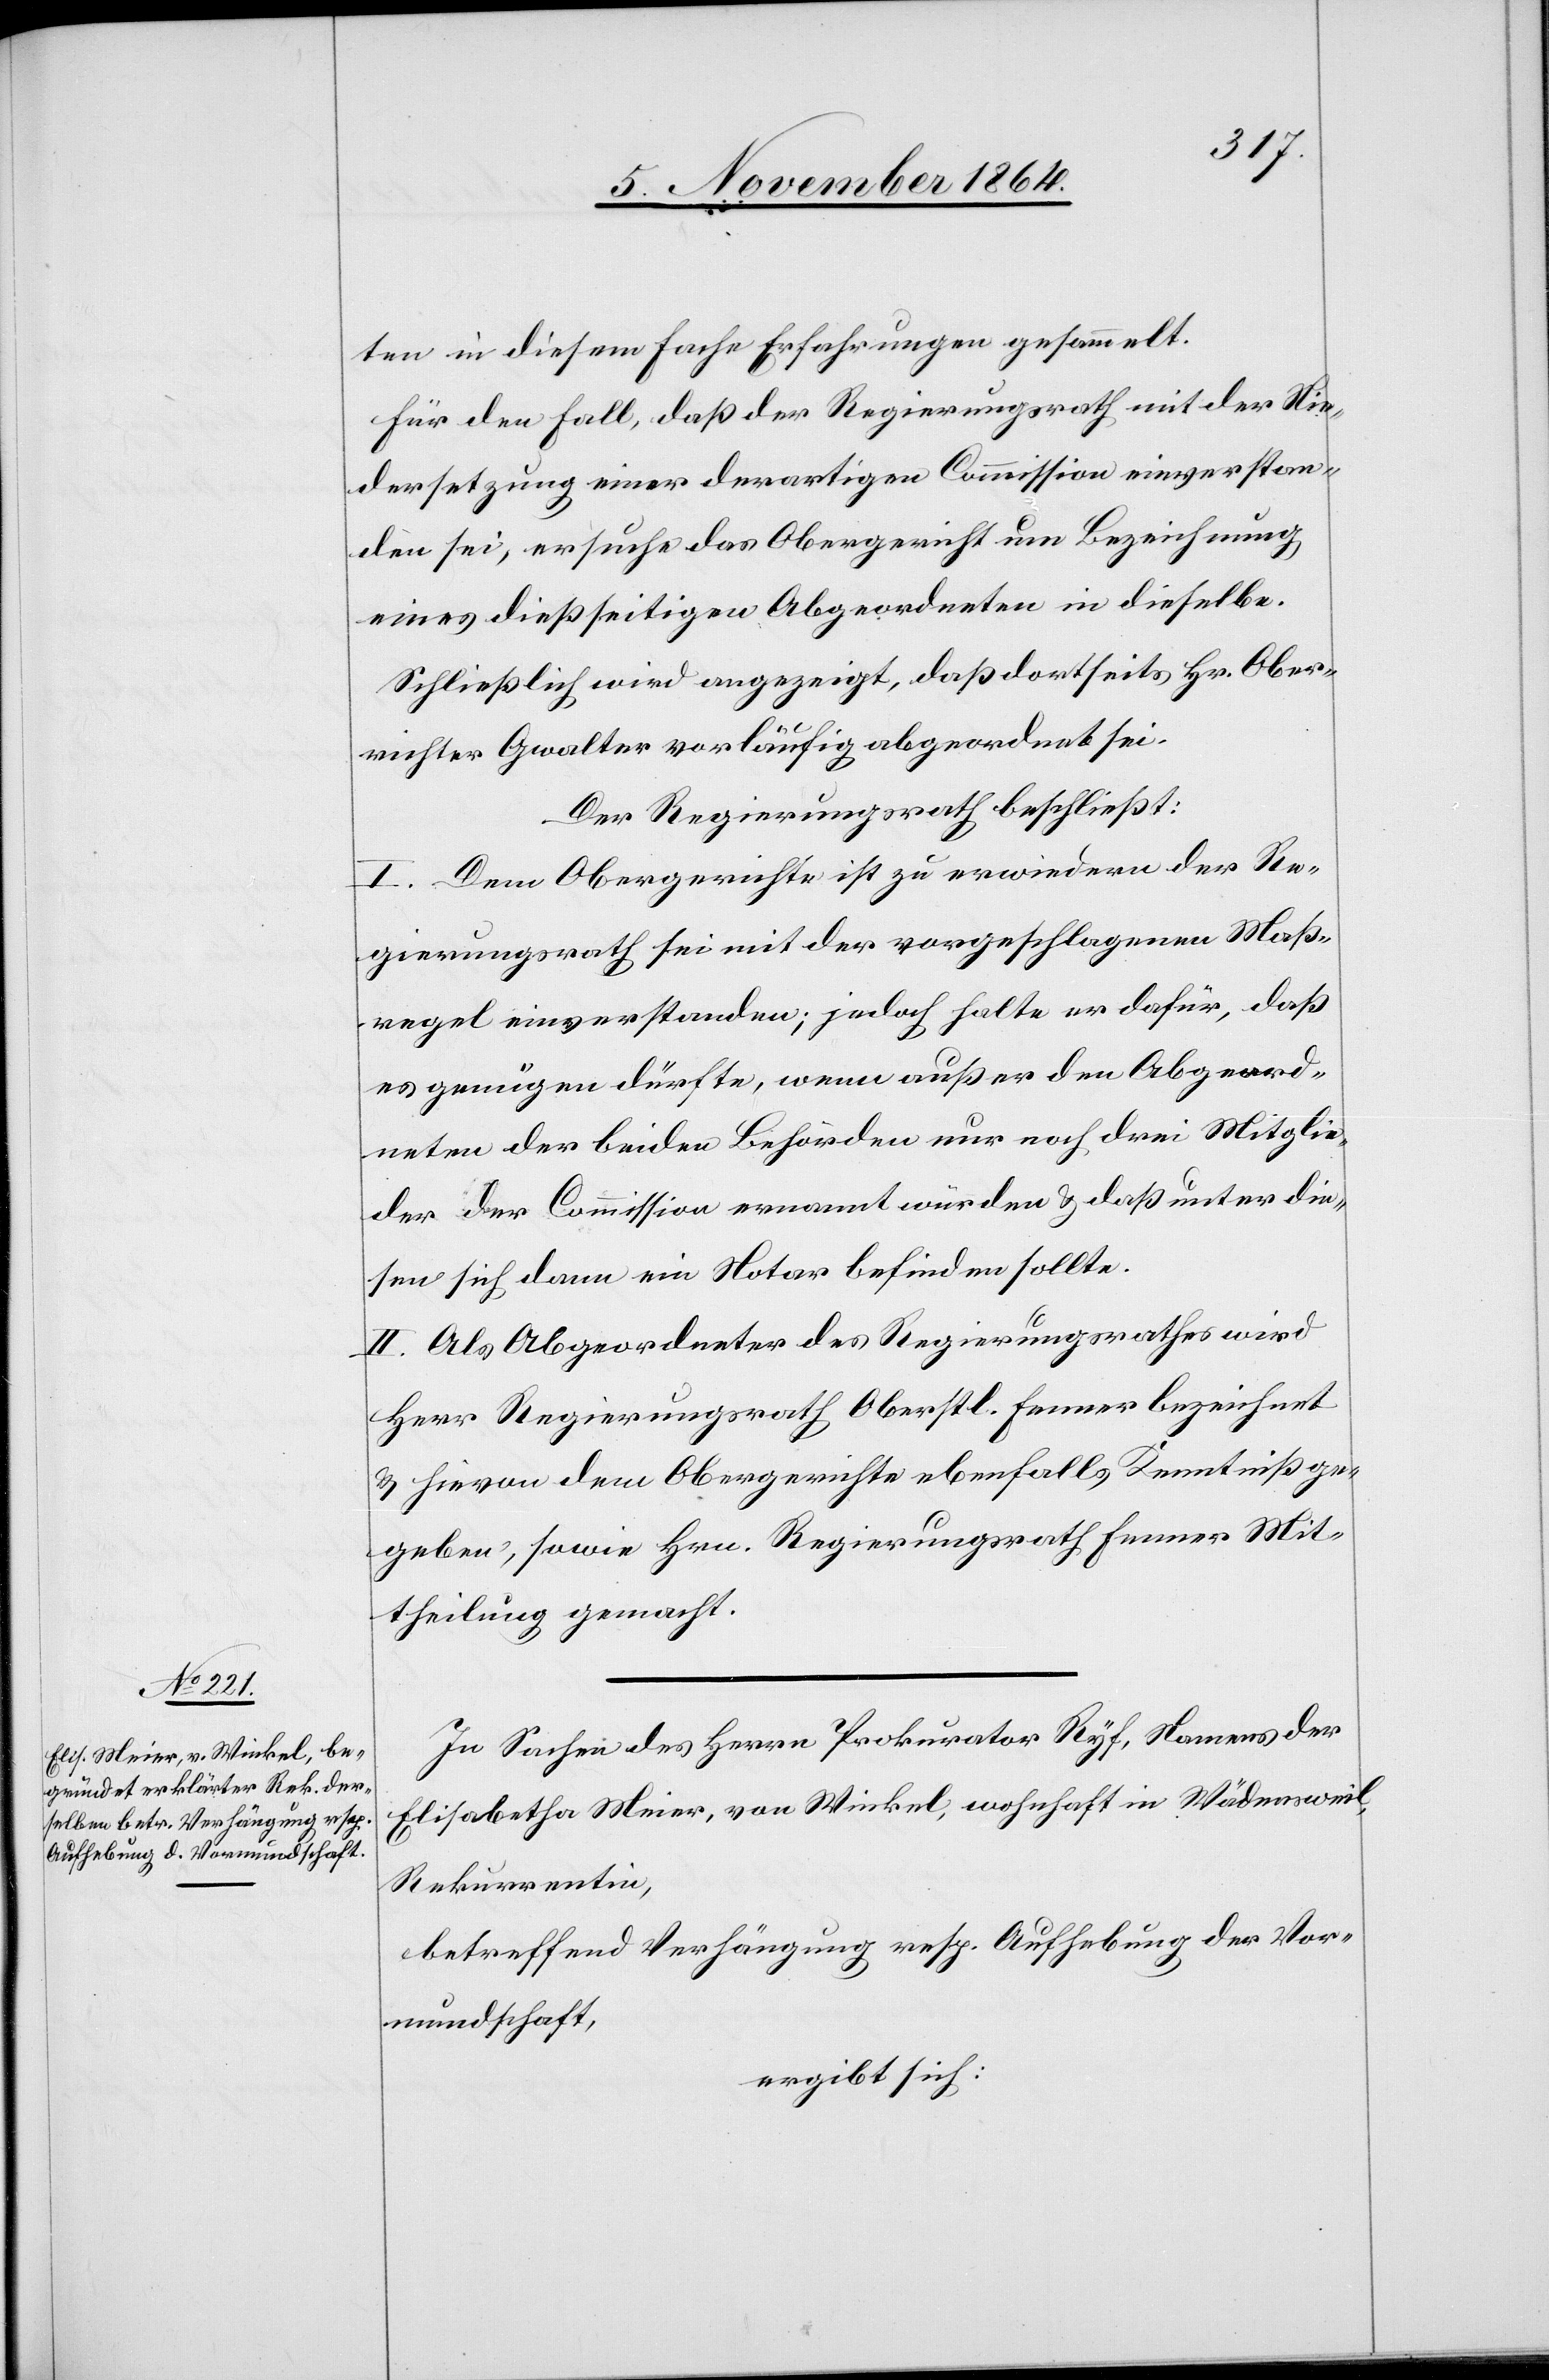
ten in diesem Fache Erfahrungen gesammelt.
Für den Fall, daß der Regierungsrath mit der Nie¬
dersetzung einer derartigen Commission einverstan¬
den sei, ersuche das Obergericht um Bezeichnung
eines dießseitigen Abgeordneten in dieselbe.
Schließlich wird angezeigt, daß dortseits Ober¬
richter Gwalter vorläufig abgeordnet sei.
Der Regierungsrath beschließt:
I. Dem Obergerichte ist zu erwiedern der Re¬
gierungsrath sei mit der vorgeschlagenen Maß¬
regel einverstanden; jedoch halte er dafür, daß
es genügen dürfte, wenn außer den Abgeord¬
neten der beiden Behörden nur noch drei Mitglie¬
der der Commission ernannt würden & daß unter die¬
sen sich dann ein Notar befinden sollte.
II. Als Abgeordneter des Regierungsrathes wird
Herr Regierungsrath Oberstl. Fenner bezeichnet
& hievon dem Obergerichte ebenfalls Kenntniß ge¬
geben, sowie Hrn. Regierungsrath Fenner Mit¬
theilung gemacht.
In Sachen des Herrn Prokurator Ryf, Namens der
Elisabetha Meier, von Winkel, wohnhaft in Wädensweil,
Rekurrentin,
betreffend Verhängung resp. Aufhebung der Vor¬
mundschaft,
ergibt sich: